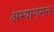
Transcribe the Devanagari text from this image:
अभ्यागमन